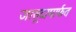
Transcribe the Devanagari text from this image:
जासूदामार्फत